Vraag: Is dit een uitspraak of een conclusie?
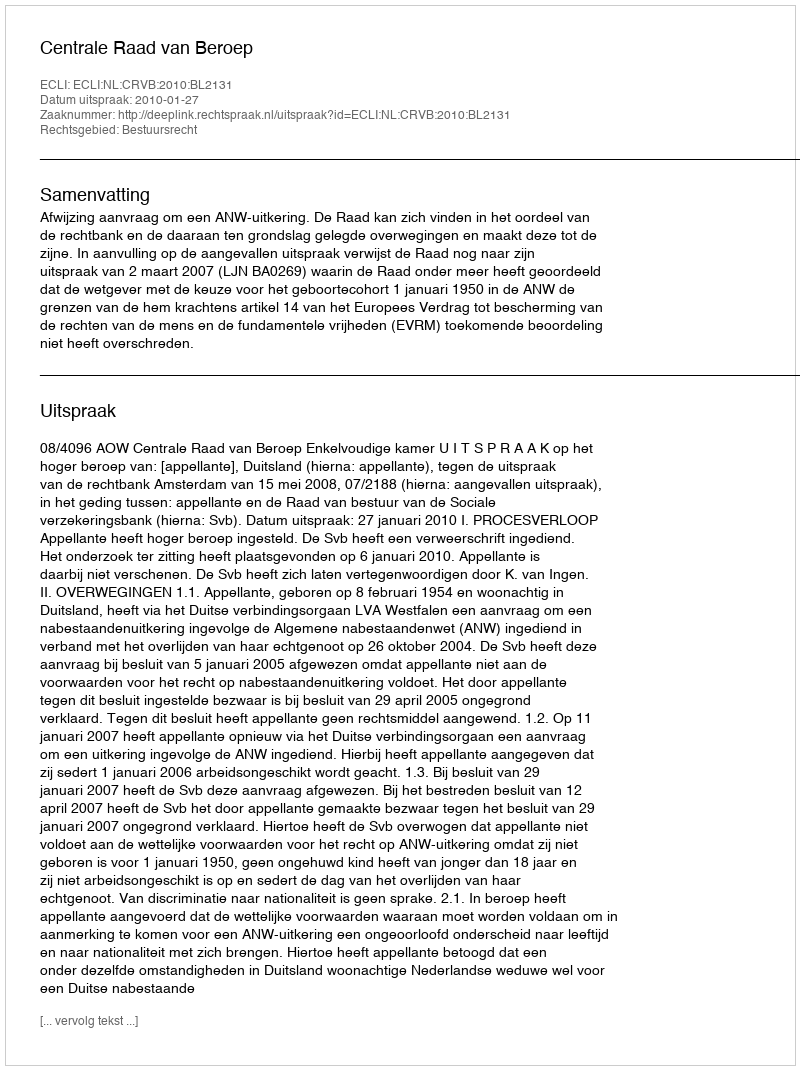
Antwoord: Uitspraak